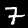
Digit: 7